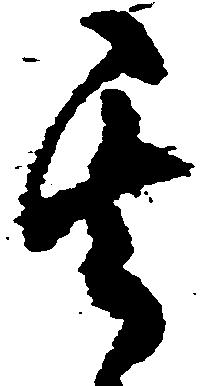
其